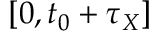
[ 0 , t _ { 0 } + \tau _ { X } ]